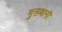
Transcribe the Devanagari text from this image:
मुसबानी